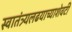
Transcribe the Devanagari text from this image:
स्वातंत्र्यलढयाच्याशेवटी